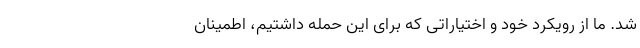
شد. ما از رویکرد خود و اختیاراتی که برای این حمله داشتیم، اطمینان